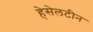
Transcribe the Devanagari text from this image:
हेसेलटीन